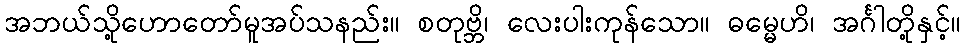
အဘယ်သို့ဟောတော်မူအပ်သနည်း။ စတုဗ္ဘိ၊ လေးပါးကုန်သော။ ဓမ္မေဟိ၊ အင်္ဂါတို့နှင့်။